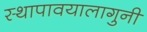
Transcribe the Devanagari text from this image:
स्थापावयालागुनी